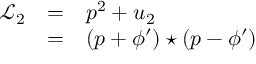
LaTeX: \begin{array} { l c l } { { { \mathcal L } _ { 2 } } } & { { = } } & { { { p } ^ { 2 } + u _ { 2 } } } \\ { { } } & { { = } } & { { ( p + { \phi } ^ { \prime } ) \star ( p - { \phi } ^ { \prime } ) } } \end{array}